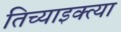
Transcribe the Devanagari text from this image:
तिच्याइक्त्या